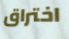
اختراق